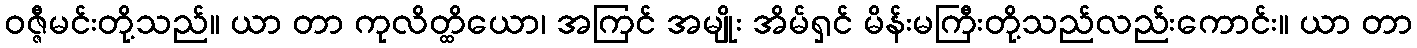
ဝဇ္ဇီမင်းတို့သည်။ ယာ တာ ကုလိတ္ထိယော၊ အကြင် အမျိုး အိမ်ရှင် မိန်းမကြီးတို့သည်လည်းကောင်း။ ယာ တာ